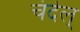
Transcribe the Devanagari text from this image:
चंदेल्